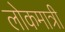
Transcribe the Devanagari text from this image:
लोकमात्री